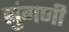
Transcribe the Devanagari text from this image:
सुंगणी